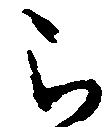
被